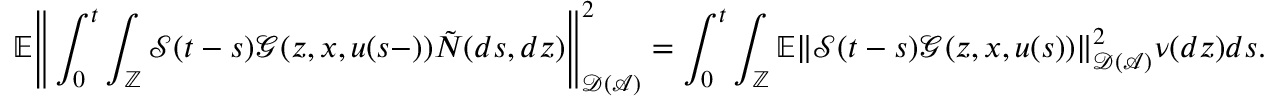
\mathbb { E } \Bigg \Vert \int _ { 0 } ^ { t } \int _ { \mathbb { Z } } \mathcal { S } ( t - s ) \mathcal { G } ( z , x , u ( s - ) ) \tilde { N } ( d s , d z ) \Bigg \Vert _ { \mathcal { D } ( \mathcal { A } ) } ^ { 2 } = \int _ { 0 } ^ { t } \int _ { \mathbb { Z } } \mathbb { E } \Vert \mathcal { S } ( t - s ) \mathcal { G } ( z , x , u ( s ) ) \Vert _ { \mathcal { D } ( \mathcal { A } ) } ^ { 2 } \nu ( d z ) d s .